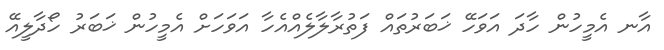
އާނ އެމީހުން ހާދަ އަވަހޭ ޚަބަރުތައް ފަތުރާލާލެއްއެހާ އަވަހަށް އެމީހުން ޚަބަރު ހޯދާލީއޭ